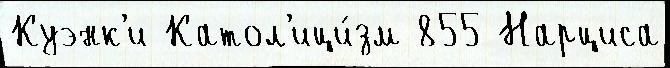
Куэнк'и Катол'ици́зм 855 Нарциса